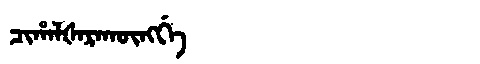
Manchu: ᠴᡳᡥᠠᠯᡧᠠᡵᠠᡴᡡᠩᡤᡝ
Romanization: CIHALŠARAKŪNGGE